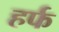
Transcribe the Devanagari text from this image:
हर्फ